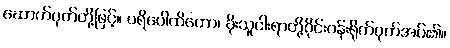
ဆောက်ပုတ်တို့ဖြင့်။ ပရိပေါထိတော၊ ခိုးသူငါးရာတို့ဝိုင်းဝန်းရိုက်ပုတ်အပ်၏။